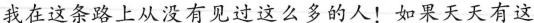
我在这条路上从没有见过这么多的人!如果天天有这